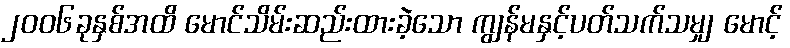
၂၀၀၆ခုနှစ်အထိ မောင်သိမ်းဆည်းထားခဲ့သော ကျွန်မနှင့်ပတ်သက်သမျှ မောင့်